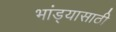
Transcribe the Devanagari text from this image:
भांड्यासाठी